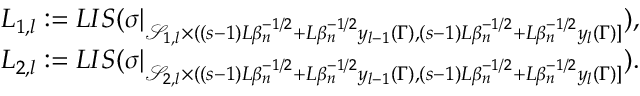
\begin{array} { r } { L _ { 1 , l } : = L I S ( \sigma | _ { \mathcal { S } _ { 1 , l } \times ( ( s - 1 ) L \beta _ { n } ^ { - 1 \slash 2 } + L \beta _ { n } ^ { - 1 \slash 2 } y _ { l - 1 } ( \Gamma ) , ( s - 1 ) L \beta _ { n } ^ { - 1 \slash 2 } + L \beta _ { n } ^ { - 1 \slash 2 } y _ { l } ( \Gamma ) ] } ) , } \\ { L _ { 2 , l } : = L I S ( \sigma | _ { \mathcal { S } _ { 2 , l } \times ( ( s - 1 ) L \beta _ { n } ^ { - 1 \slash 2 } + L \beta _ { n } ^ { - 1 \slash 2 } y _ { l - 1 } ( \Gamma ) , ( s - 1 ) L \beta _ { n } ^ { - 1 \slash 2 } + L \beta _ { n } ^ { - 1 \slash 2 } y _ { l } ( \Gamma ) ] } ) . } \end{array}